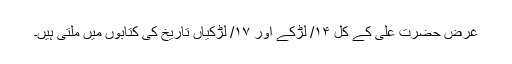
غرض حضرت علی کے کل ۱۴/ لڑکے اور ۱۷/ لڑکیاں تاریخ کی کتابوں میں ملتی ہیں۔